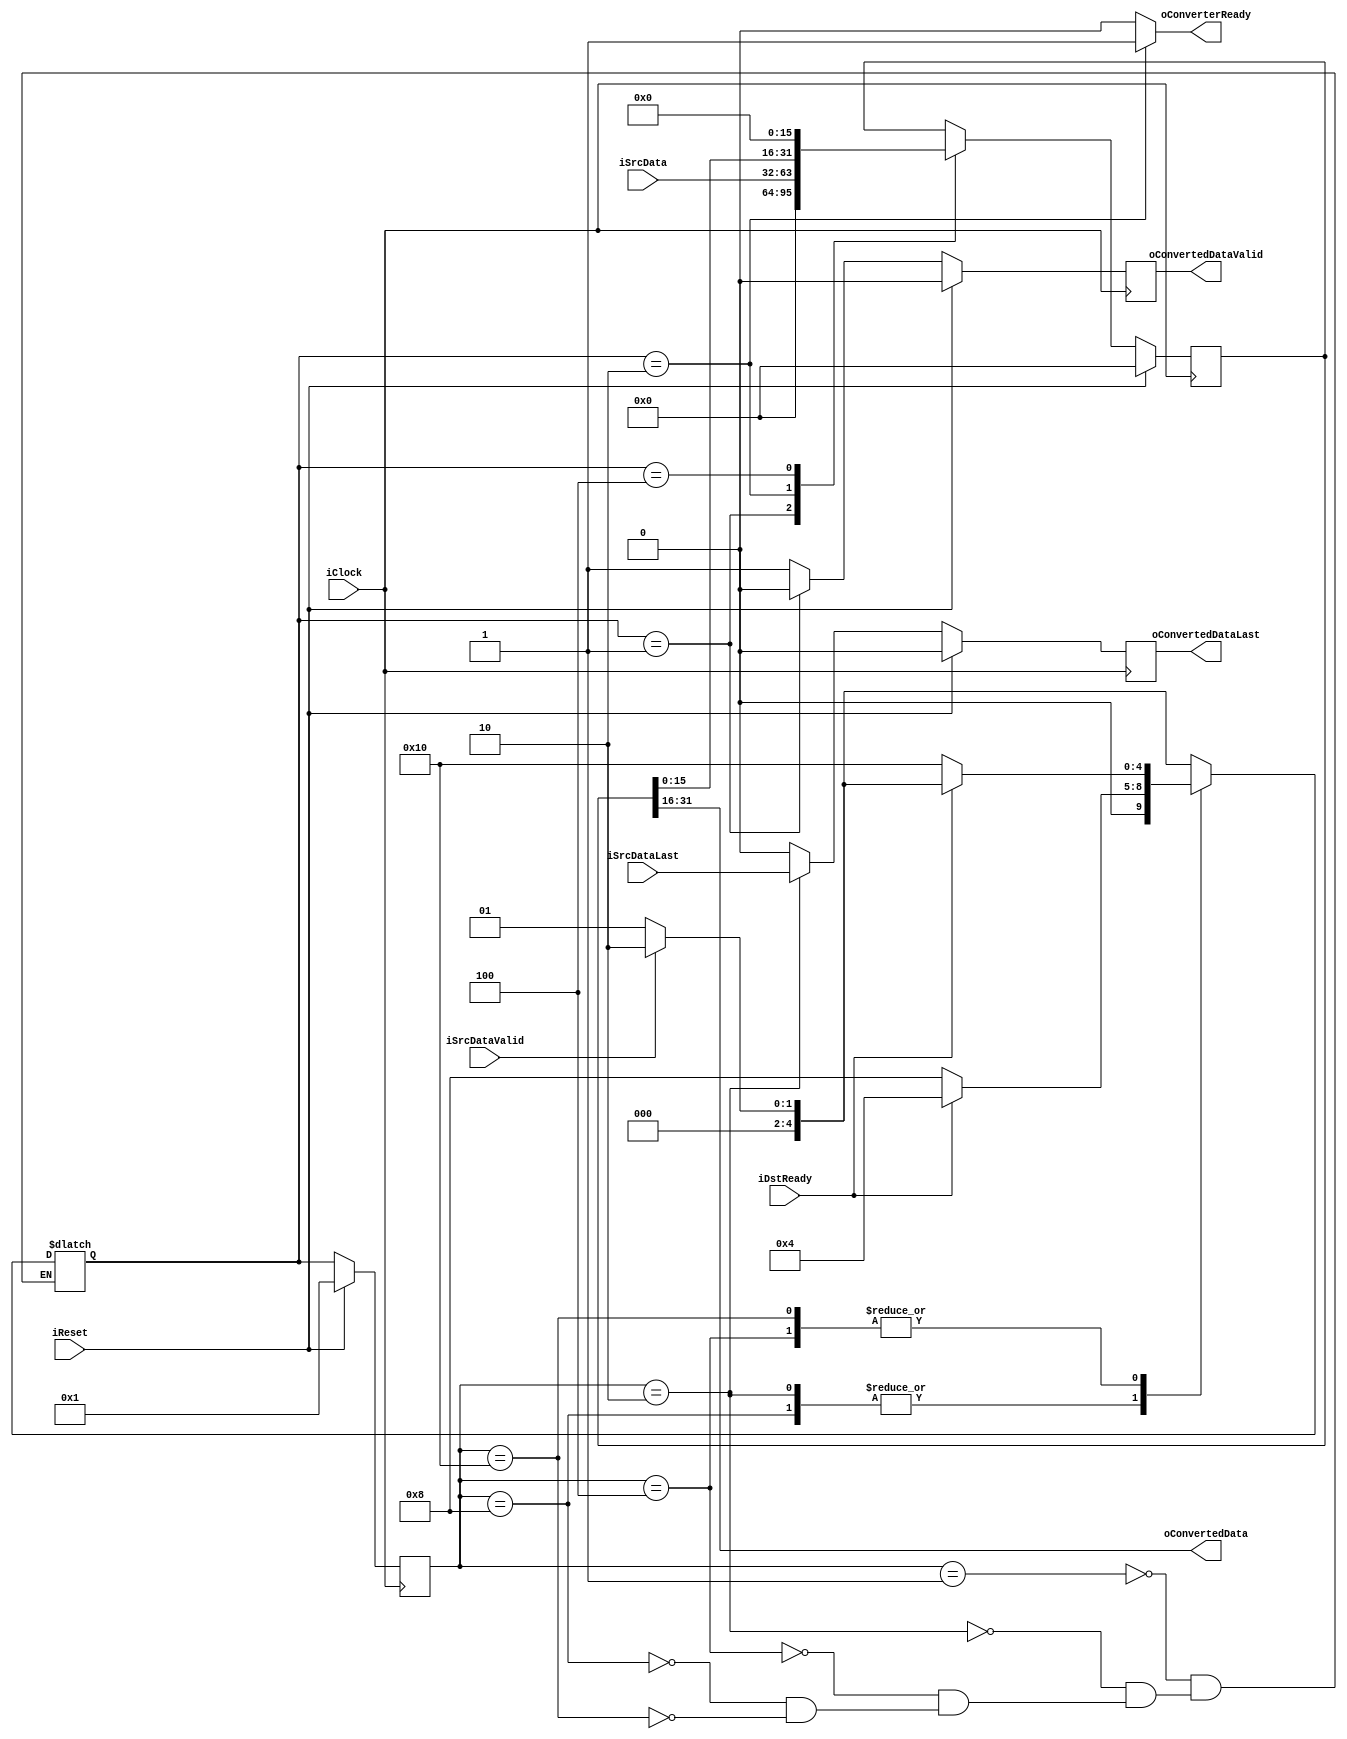
module EncWidthConverter32to16
#
(
    parameter   InputDataWidth  = 32,
    parameter   OutputDataWidth = 16
)
(
    iClock              ,
    iReset              ,
    iSrcDataValid       ,
    iSrcDataLast        ,
    iSrcData            ,
    oConverterReady     ,
    oConvertedDataValid ,
    oConvertedDataLast  ,
    oConvertedData      ,
    iDstReady       
);

    input                           iClock              ;
    input                           iReset              ;
    input                           iSrcDataValid       ;
    input                           iSrcDataLast        ;
    input   [InputDataWidth - 1:0]  iSrcData            ;
    output                          oConverterReady     ;
    output                          oConvertedDataValid ;
    output                          oConvertedDataLast  ;
    output  [OutputDataWidth - 1:0] oConvertedData      ;
    input                           iDstReady           ;
    
    reg     [InputDataWidth - 1:0]  rShiftRegister      ;
    reg                             rConvertedDataValid ;
    reg                             rConvertedDataLast  ;
    reg                             rConverterReady     ;
    
    localparam  State_Idle      = 5'b00001; 
    localparam  State_Input     = 5'b00010;
    localparam  State_Shift     = 5'b00100;
    localparam  State_InPause   = 5'b01000;
    localparam  State_OutPause  = 5'b10000;
    
    reg     [4:0]   rCurState;
    reg     [4:0]   rNextState;
    
    always @ (posedge iClock)
        if (iReset)
            rCurState <= State_Idle;
        else
            rCurState <= rNextState;
    
    always @ (*)
        case (rCurState)
        State_Idle:
            rNextState <= (iSrcDataValid) ? State_Input : State_Idle;
        State_Input:
            rNextState <= (iDstReady) ? State_Shift : State_InPause;
        State_Shift:
            if (iDstReady)
            begin
                if (iSrcDataValid)
                    rNextState <= State_Input;
                else
                    rNextState <= State_Idle;
            end
            else
                rNextState <= State_OutPause;
        State_InPause:
            rNextState <= (iDstReady) ? State_Shift : State_InPause;
        State_OutPause:
            if (iDstReady)
            begin
                if (iSrcDataValid)
                    rNextState <= State_Input;
                else
                    rNextState <= State_Idle;
            end
            else
                rNextState <= State_OutPause;
        endcase
       
    always @ (posedge iClock)
        if (iReset)
            rShiftRegister  <= 0;
        else
            case (rNextState)
            State_Idle:
                rShiftRegister <= 0;
            State_Input:
                rShiftRegister <= iSrcData;
            State_Shift:
                rShiftRegister <= rShiftRegister << OutputDataWidth;
            endcase
            
    always @ (posedge iClock)
        if (iReset)
            rConvertedDataValid <= 0;
        else
            case (rNextState)
            State_Idle:
                rConvertedDataValid <= 0;
            default:
                rConvertedDataValid <= 1'b1;
            endcase
    
    always @ (posedge iClock)
        if (iReset)
            rConvertedDataLast <= 0;
        else
            case (rCurState)
            State_Idle:
                rConvertedDataLast <= 0;
            State_Input:
                rConvertedDataLast <= iSrcDataLast;
            default:
                rConvertedDataLast <= 0;
            endcase
    
    always @ (*)
        case (rNextState)
        State_Input:
            rConverterReady <= 1'b1;
        default:
            rConverterReady <= 1'b0;
        endcase
    
    assign oConvertedData = rShiftRegister[InputDataWidth - 1:InputDataWidth-OutputDataWidth];
    assign oConvertedDataValid = rConvertedDataValid;
    assign oConverterReady = rConverterReady;
    assign oConvertedDataLast = rConvertedDataLast;

endmodule